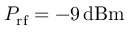
P _ { \mathrm { r f } } = - 9 \, \mathrm { d B m }